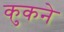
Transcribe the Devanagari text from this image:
कुकने